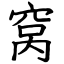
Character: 窝